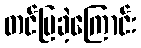
တင်ပြခဲ့ကြောင်း